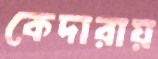
কেদারায়